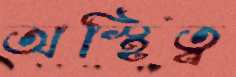
অস্থিত্ব